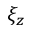
\xi _ { z }